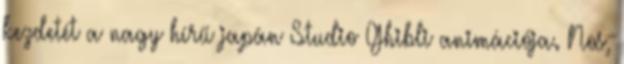
kezdetét a nagy hírű japán Studio Ghibli animációja. Nos,